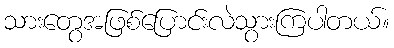
သားတွေအဖြစ်ပြောင်းလဲသွားကြပါတယ်။